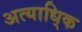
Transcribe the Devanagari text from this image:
अत्याधि्क